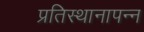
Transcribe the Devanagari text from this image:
प्रतिस्थानापन्न